Indian journal of veterinary science and animal husbandry - Volume 8,
Year: 1938
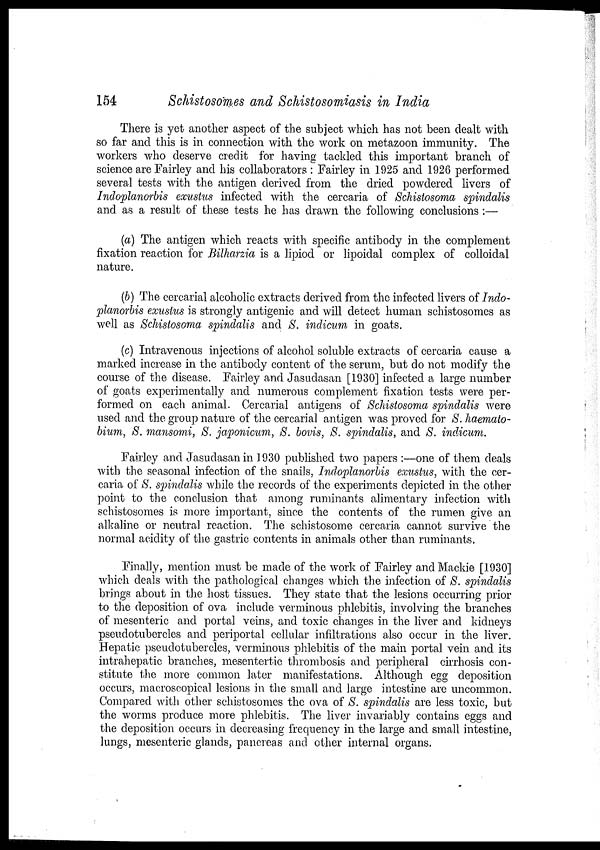
154
Schistosomes and Schistosomiasis in India
There is yet another aspect of the subject which has not been dealt with
so far and this is in connection with the work on metazoon immunity. The
workers who deserve credit for having tackled this important branch of
science are Fairley and his collaborators : Fairley in 1925 and 1926 performed
several tests with the antigen derivefcd from the dried powdered livers of
Indoplanorbis exustus infected with the cercaria of Schistosoma spindalis
and as a result of these tests he has drawn the following conclusions :—
(a) The antigen which reacts with specific antibody in the complement
fixation reaction for Bilharzia is a lipiod or lipoidal complex of colloidal
nature.
(b) The cercarial alcoholic extracts derived from the infected livers of Indo-
planorbis exustus is strongly antigenic and will detect human schistosomes as
well as Schistosoma spindalis and S. indicum in goats.
(c) Intravenous injections of alcohol soluble extracts of cercaria cause a
marked increase in the antibody content of the serum, but do not modify the
course of the disease. Fairley and Jasudasan [1930] infected a large number
of goats experimentally and numerous complement fixation tests were per-
formed on each animal. Cercarial antigens of Schistosoma spindalis were
used and the group nature of the cercarial antigen was proved for S. haemato-
bium, S. mansomi, S. japonicum, S. bovis, S. spindalis, and S. indicum.
Fairley and Jasudasan in 1930 published two papers :—one of them deals
with the seasonal infection of the snails, Indoplanorbis exustus, with the cer-
caria of S. spindalis while the records of the experiments depicted in the other
point to the conclusion that among ruminants alimentary infection with
schistosomes is more important, since the contents of the rumen give an
alkaline or neutral reaction. The schistosome cercaria cannot survive the
normal acidity of the gastric contents in animals other than ruminants.
Finally, mention must be made of the work of Fairley and Mackie [1930]
which deals with the pathological changes which the infection of S. spindalis
brings about in the host tissues. They state that the lesions occurring prior
to the deposition of ova include verminous phlebitis, involving the branches
of mesenteric and portal veins, and toxic changes in the liver and kidneys
pseudotubercles and periportal cellular infiltrations also occur in the liver.
Hepatic pseudotubercles, verminous phlebitis of the main portal vein and its
intrahepatic branches, mesentertic thrombosis and peripheral cirrhosis con-
stitute the more common later manifestations. Although egg deposition
occurs, macroscopical lesions in the small and large intestine are uncommon.
Compared with other schistosomes the ova of S. spindalis are less toxic, but
the worms produce more phlebitis. The liver invariably contains eggs and
the deposition occurs in decreasing frequency in the large and small intestine,
lungs, mesenteric glands, pancreas and other internal organs.